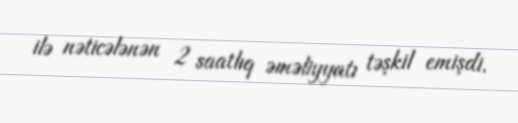
ilə nəticələnən 2 saatlıq əməliyyatı təşkil emişdi.